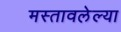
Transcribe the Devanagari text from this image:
मस्तावलेल्या